Report on sanitation, dispensaries, and jails in Rajputana for 1909, and on vaccination for the year 1909-1910 - 1909-1910
Year: 1909
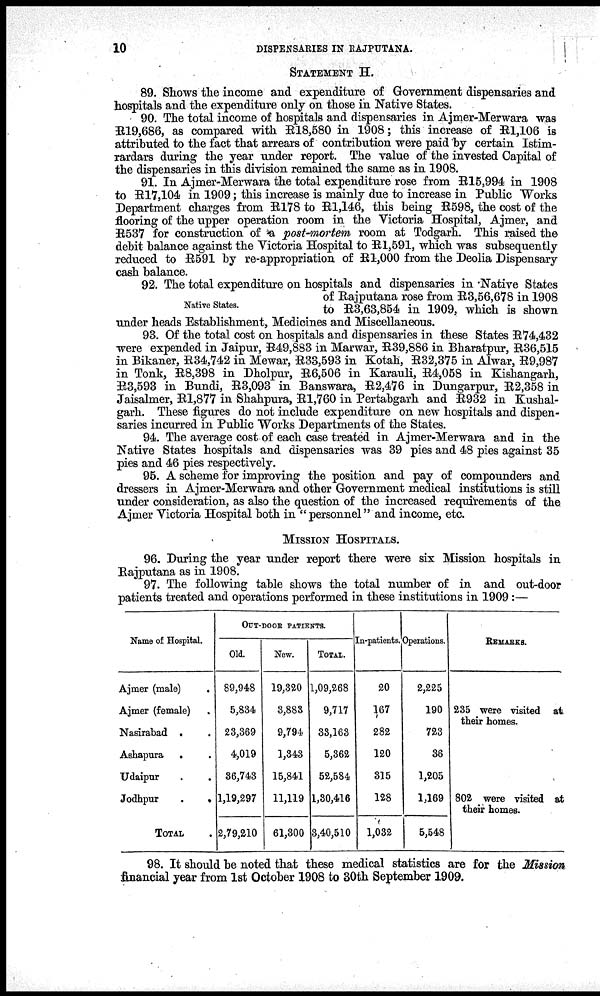
10
DISPENSARIES IN RAJPUTANA.
STATEMENT H.
89. Shows the income and expenditure of Government dispensaries and
hospitals and the expenditure only on those in Native States.
90. The total income of hospitals and dispensaries in Ajmer-Merwara was
R19,686, as compared with R18,580 in 1908; this increase of R1,106 is
attributed to the fact that arrears of contribution were paid by certain Istim-
rardars during the year under report. The value of the invested Capital of
the dispensaries in this division remained the same as in 1908.
91. In Ajmer-Merwara the total expenditure rose from R16,994 in 1908
to R17,104 in 1909; this increase is mainly due to increase in Public Works
Department charges from R178 to R1,146, this being R598, the cost of the
flooring of the upper operation room in the Victoria Hospital, Ajmer, and
R537 for construction of a post-mortem room at Todgarh. This raised the
debit balance against the Victoria Hospital to R1,591, which was subsequently
reduced to R591 by re-appropriation of R1,000 from the Deolia Dispensary
cash balance.
Native States.
92. The total expenditure on hospitals and dispensaries in Native States
of Rajputana rose from R3,56,678 in 1908
to R3,63,854 in 1909, which is shown
under heads Establishment, Medicines and Miscellaneous.
93. Of the total cost on hospitals and dispensaries in these States R74,432
were expended in Jaipur, R49,883 in Marwar, R39,886 in Bharatpur, R36,515
in Bikaner, R34,742 in Mewar, R33,593 in Kotah, R32,375 in Alwar, R9,987
in Tonk, R8,398 in Dholpur, R6,506 in Karauli, R4,058 in Kishangarh,
R3,593 in Bundi, R3,093 in Banswara, R2,476 in Dungarpur, R2,358 in
Jaisalmer, R1,877 in Shahpura, R1,760 in Pertabgarh and R932 in Kushal¬
garh. These figures do not include expenditure on new hospitals and dispen-
saries incurred in Public Works Departments of the States.
94. The average cost of each case treated in Ajmer-Merwara and in the
Native States hospitals and dispensaries was 39 pies and 48 pies against 35
pies and 46 pies respectively.
95. A scheme for improving the position and pay of compounders and
dressers in Ajmer-Merwara and other Government medical institutions is still
under consideration, as also the question of the increased requirements of the
Ajmer Victoria Hospital both in "personnel" and income, etc.
MISSION HOSPITALS.
96. During the year under report there were six Mission hospitals in
Rajputana as in 1908.
97. The following table shows the total number of in and out-door
patients treated and operations performed in these institutions in 1909 :—
Name of Hospital.
Ajmer (male) .
Ajmer (female) .
Nasirabad . .
Ashapura
. .
Udaipur
.
.
Jodhpur
.
.
TOTAL .
OUT-DOOR PATIENTS.
Old.
89,948
5,834
23,369
4,019
36,743
1,19,297
2,79,210
New.
19,320
3,883
9,794
1,343
15,841
11,119
61,300
TOTAL.
1,09,268
9,717
38,163
5,362
52,584
1,30,416
3,40,510
In-patients.
20
167
282
120
315
128
1,032
Operations.
2,225
190
723
36
1,205
1,169
5,548
REMARKS.
235 were visited at
their homes.
802 were visited at
their homes.
98. It should be noted that these medical statistics are for the Mission
financial year from 1st October 1908 to 30th September 1909.